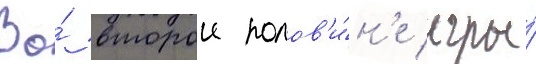
Во́ второи полов'и́н'е игры́